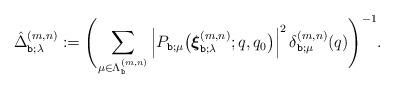
LaTeX: \begin{align*}\hat{\Delta}^{(m,n)}_{\texttt{b};\lambda }:= \Biggl(\sum_{\mu\in \Lambda^{(m,n)}_{\texttt{b}}} \left| P_{\texttt{b};\mu} \bigl(\boldsymbol{\xi}^{(m,n)}_{\texttt{b};\lambda} ;q,q_0\bigr) \right|^2 \delta^{(m,n)}_{\texttt{b};\mu } (q) \Biggr)^{-1} .\end{align*}